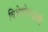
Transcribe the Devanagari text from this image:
विशेषोपयोगी